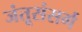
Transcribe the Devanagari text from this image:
जंतूसंसर्ग